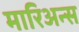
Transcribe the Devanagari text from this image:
मारिअन्स